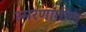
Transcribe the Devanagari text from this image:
स्मरणातील